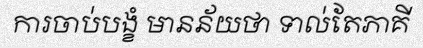
ការចាប់បង្ខំ មានន័យថា ទាល់តែភាគី